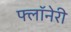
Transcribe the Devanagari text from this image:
फ्लॉनेरी